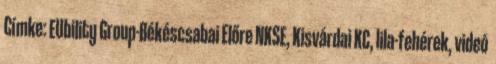
Címke: EUbility Group-Békéscsabai Előre NKSE, Kisvárdai KC, lila-fehérek, videó